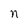
Character: n